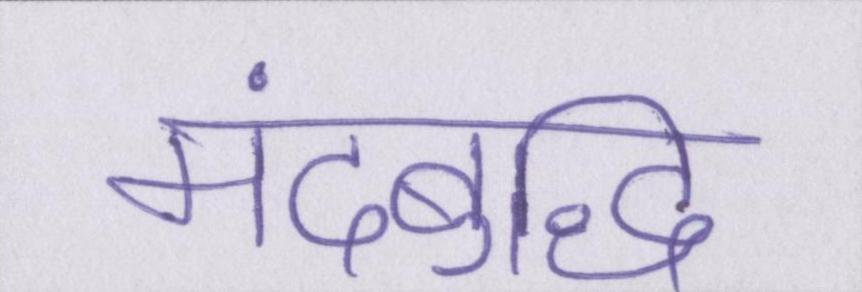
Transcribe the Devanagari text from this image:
मंदबुद्धि